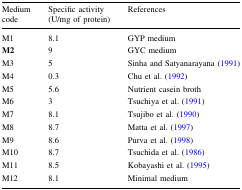
| Medium code | Specific activity (U/mg of protein) | References |
 | --- | --- | --- |
 | M1 | 8.1 | GYP medium |
 | M2 | 9 | GYC medium |
 | M3 | 5 | Sinha and Satyanarayana (1991) |
 | M4 | 0.3 | Chu et al. (1992) |
 | M5 | 5.6 | Nutrient casein broth |
 | M6 | 3 | Tsuchiya et al. (1991) |
 | M7 | 8.1 | Tsujibo et al. (1990) |
 | M8 | 8.7 | Matta et al. (1997) |
 | M9 | 8.6 | Purva et al. (1998) |
 | M10 | 8.7 | Tsuchida et al. (1986) |
 | M11 | 8.5 | Kobayashi et al. (1995) |
 | M12 | 8.1 | Minimal medium |